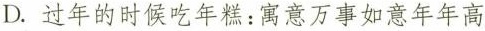
D.过年的时候吃年糕：寓意万事如意年年高